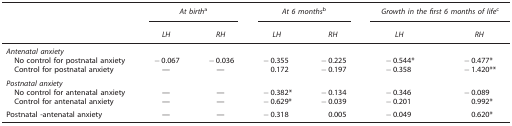
<table><thead><tr><td><b> </b></td><td colspan="2"><b><i>At birth</i>a</b></td><td colspan="2"><b><i>At 6 months</i>b</b></td><td colspan="2"><b><i>Growth in the first 6 months of life</i>c</b></td></tr><tr><td><b> </b></td><td><b><i>LH</i></b></td><td><b><i>RH</i></b></td><td><b><i>LH</i></b></td><td><b><i>RH</i></b></td><td><b><i>LH</i></b></td><td><b><i>RH</i></b></td></tr></thead><tbody><tr><td colspan="7"><i>Antenatal anxiety</i></td></tr><tr><td> No control for postnatal anxiety</td><td>−0.067</td><td>−0.036</td><td>−0.355</td><td>−0.225</td><td>−0.544*</td><td>−0.477*</td></tr><tr><td> Control for postnatal anxiety</td><td>—</td><td>—</td><td>0.172</td><td>−0.197</td><td>−0.358</td><td>−1.420**</td></tr><tr><td colspan="7"><i>Postnatal anxiety</i></td></tr><tr><td> No control for antenatal anxiety</td><td>—</td><td>—</td><td>−0.382*</td><td>−0.134</td><td>−0.346</td><td>−0.089</td></tr><tr><td> Control for antenatal anxiety</td><td>—</td><td>—</td><td>−0.629*</td><td>−0.039</td><td>−0.201</td><td>0.992*</td></tr><tr><td>Postnatal -antenatal anxiety</td><td>—</td><td>—</td><td>−0.318</td><td>0.005</td><td>−0.049</td><td>0.620*</td></tr></tbody></table>